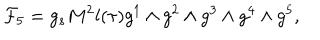
{ \cal F } _ { 5 } = g _ { s } M ^ { 2 } l ( \tau ) g ^ { 1 } \wedge g ^ { 2 } \wedge g ^ { 3 } \wedge g ^ { 4 } \wedge g ^ { 5 } ,